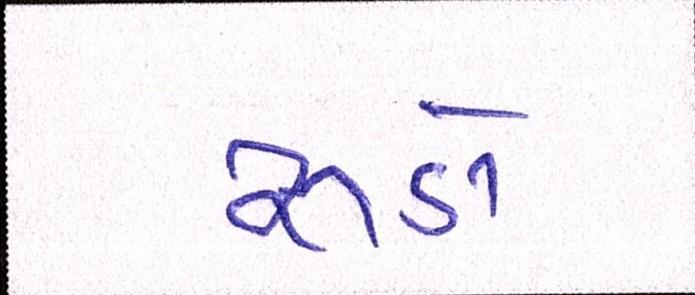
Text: રૂડો